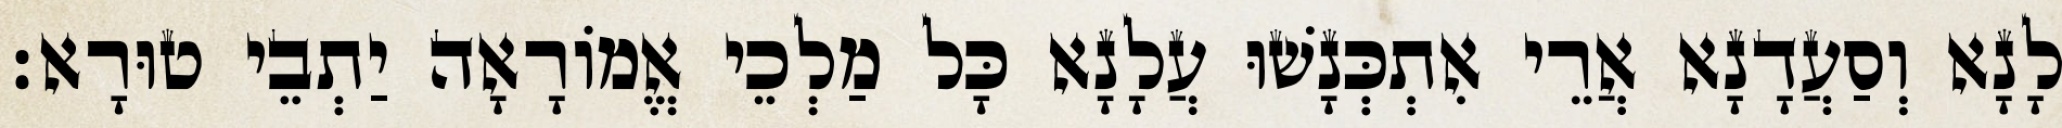
לָנָא וְסַעֲדָנָא אֲרֵי אִתְכְּנָשׁוּ עֲלָנָא כָּל מַלְכֵי אֱמוֹרָאָה יַתְבֵי טוּרָא׃